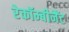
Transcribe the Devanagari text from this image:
रेकॉम्बीनैंट